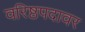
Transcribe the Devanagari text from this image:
वरिष्ठपदावर